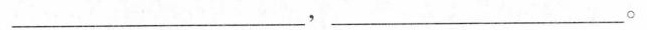
_________，_________。